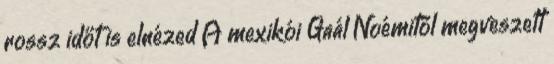
rossz időt is elnézed A mexikói Gaál Noémitől megveszett